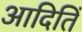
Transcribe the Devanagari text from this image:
आदितिं